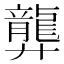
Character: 龏